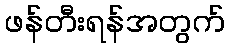
ဖန်တီးရန်အတွက်